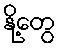
နို့တွေ